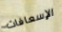
الإسعافات